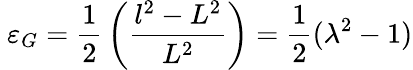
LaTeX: \ \varepsilon_{G}={\frac{1}{2}}\left({\frac{l^{2}-L^{2}}{L^{2}}}\right)={\frac{1}{2}}(\lambda^{2}-1)